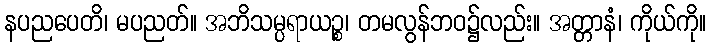
နပညပေတိ၊ မပညတ်။ အဘိသမ္ပရာယဉ္စ၊ တမလွန်ဘဝ၌လည်း။ အတ္တာနံ၊ ကိုယ်ကို။